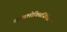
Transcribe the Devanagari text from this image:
साइक्लोक्सिजिनेज